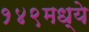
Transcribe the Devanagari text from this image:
१४९मध्ये